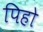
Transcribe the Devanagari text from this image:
पिहो